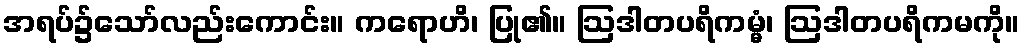
အရပ်၌သော်လည်းကောင်း။ ကရောဟိ၊ ပြု၏။ ဩဒါတပရိကမ္မံ၊ ဩဒါတပရိကမကို။